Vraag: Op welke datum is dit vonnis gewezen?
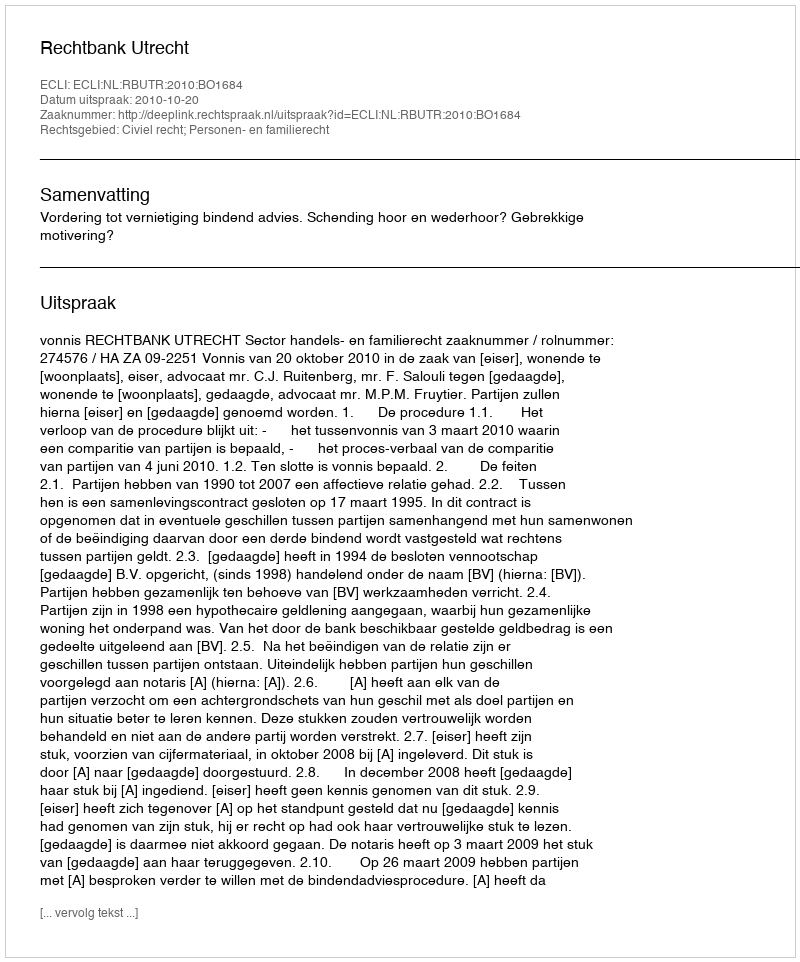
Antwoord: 2010-10-20